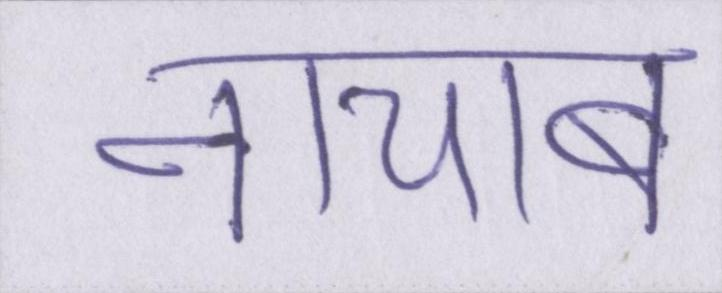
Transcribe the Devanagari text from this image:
नायाब